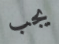
يجب